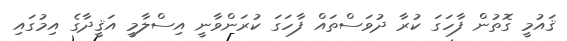
ޤައުމީ ގޮތުން ފާހަގަ ކުރާ ދުވަސްތައް ފާހަގަ ކުރަންވާނީ އިސްލާމީ އަޤީދާގެ އިމުގައި